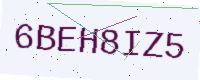
Text: 6BEH8IZ5